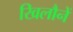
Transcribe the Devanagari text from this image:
खिलौनें